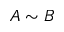
A \sim B